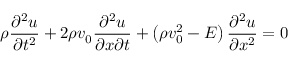
\rho \frac { \partial ^ { 2 } u } { \partial t ^ { 2 } } + 2 \rho v _ { 0 } \frac { \partial ^ { 2 } u } { \partial x \partial t } + \left( \rho v _ { 0 } ^ { 2 } - E \right) \frac { \partial ^ { 2 } u } { \partial x ^ { 2 } } = 0